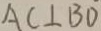
A C \bot B O